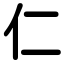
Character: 仁